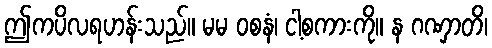
ဤကပိလရဟန်းသည်။ မမ ဝစနံ၊ ငါ့စကားကို။ န ဂဏှာတိ၊